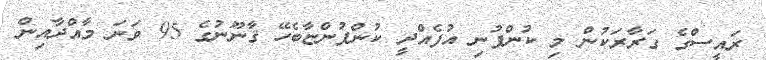
ރައީސްގެ ގަރާރަކުން މި ކުންފުނި އުފެއްދީ ކުންފުންޏާބެހޭ ޤާނޫނުގެ 95 ވަނަ މާއްދާއިން